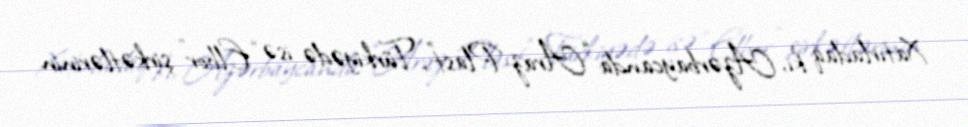
Xatırladaq ki, Azərbaycanda “Araz-Plast”, Türkiyədə isə “Elbor” şirkətlərinin